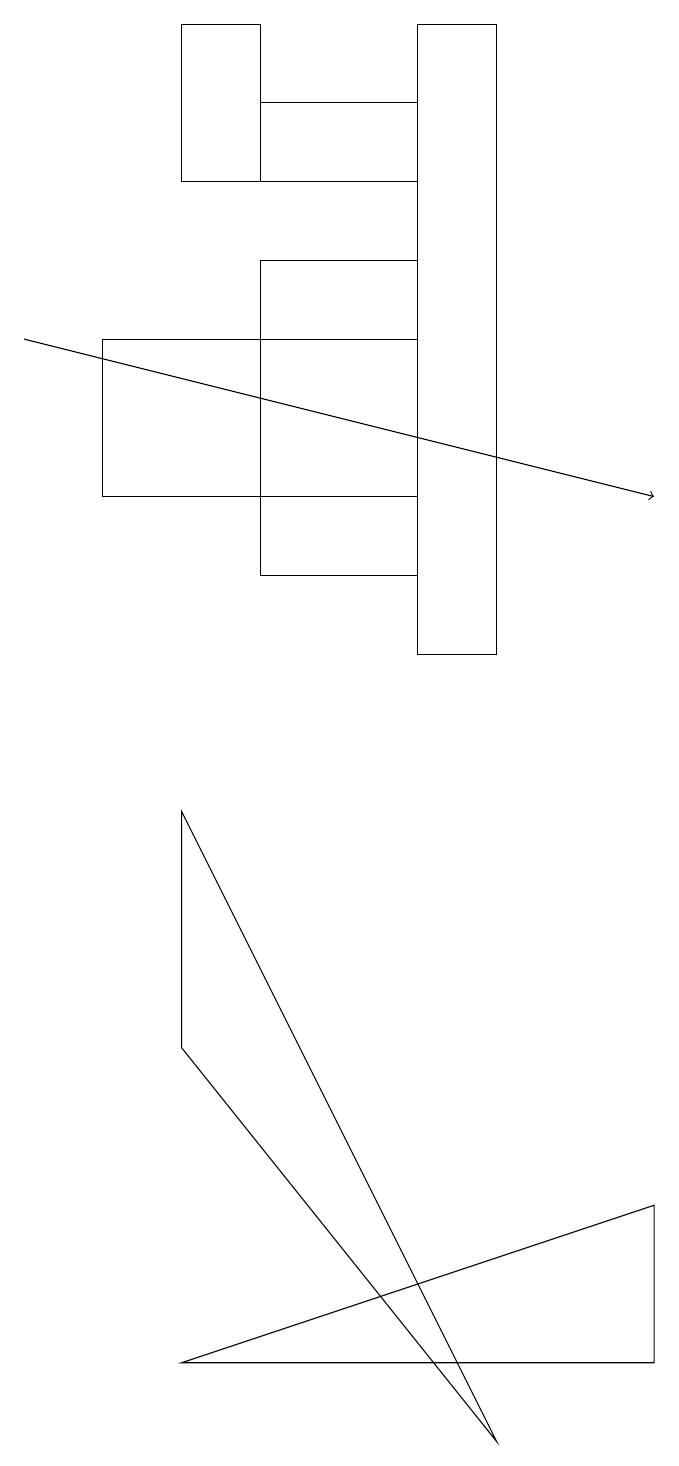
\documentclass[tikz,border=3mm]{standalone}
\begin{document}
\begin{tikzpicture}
\draw (6,12) rectangle (4,16);
\draw[->] (1,15) -- (9,13);
\draw (2,15) rectangle (6,13);
\draw (9,2) -- (9,4) -- (3,2) -- cycle;
\draw (7,11) rectangle (6,19);
\draw (4,19) rectangle (3,17);
\draw (3,6) -- (3,9) -- (7,1) -- cycle;
\draw (4,18) rectangle (6,17);
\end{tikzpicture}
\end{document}